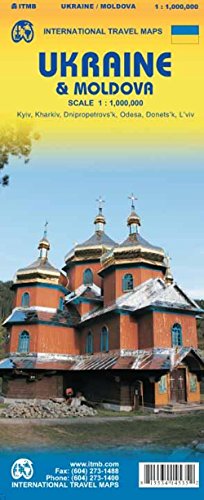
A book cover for Ukraine & Moldova / Crimea 1:1,350,000 Travel Reference Map; ITMB Publishing LTD; Travel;